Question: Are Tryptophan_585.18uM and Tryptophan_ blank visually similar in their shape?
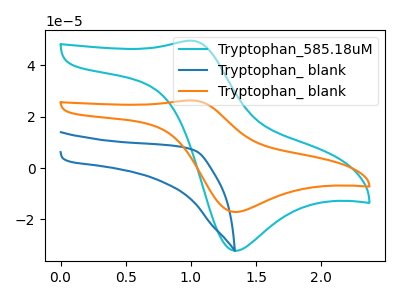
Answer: <think>The cyan curve "Tryptophan_585.18uM" has an anodic peak at (1.00V, 49.50uA) and a cathodic peak at (1.35V, -32.15uA). The blue curve "Tryptophan_ blank" has no peaks. The orange curve "Tryptophan_ blank" has an anodic peak at (1.00V, 26.30uA) and a cathodic peak at (1.35V, -17.10uA).
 All the peaks in "Tryptophan_585.18uM" have a peak in "Tryptophan_ blank" at the same potential. Every peak in "Tryptophan_585.18uM" is higher than every peak in "Tryptophan_ blank".</think>
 <answer>"Tryptophan_585.18uM" and "Tryptophan_ blank" are similar in shape.</answer>
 <eval>same_shape</eval>